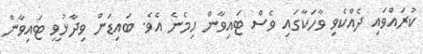
ކުރައްވައި ދެއްކެވި ވާހަކާގައި ވެސް ޓައިވާން ހިމެނެ އެވެ. ބައިޑަން ވިދާޅުވީ ޓައިވާން